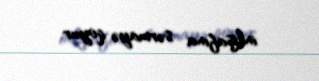
inkişafına sərmayə qoyur.